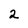
Character: 2